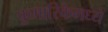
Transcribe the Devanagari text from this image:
कुमारिकेमध्ये